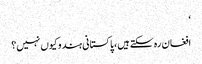
‘
افغان رہ سکتےہیں، پاکستانی ہندو کیوں نہیں؟